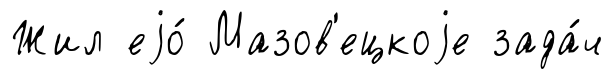
Жил еjо́ Мазов'ецкоjе зада́ч